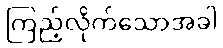
ကြည့်လိုက်သောအခါ